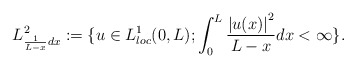
\begin{align*}L^{2}_{\frac{1}{L-x} dx}:=\{ u\in L^1_{loc}(0,L);\int_{0}^{L}\frac{\left\vert u(x)\right\vert ^{2}}{ L-x } dx<\infty\} .\end{align*}